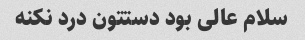
سلام عالی بود دستتون درد نکنه